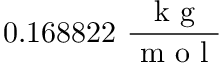
0 . 1 6 8 8 2 2 \ \frac { \mathrm { ~ k ~ g ~ } } { \mathrm { ~ m ~ o ~ l ~ } }